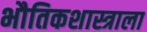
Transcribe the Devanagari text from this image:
भौतिकशास्त्राला